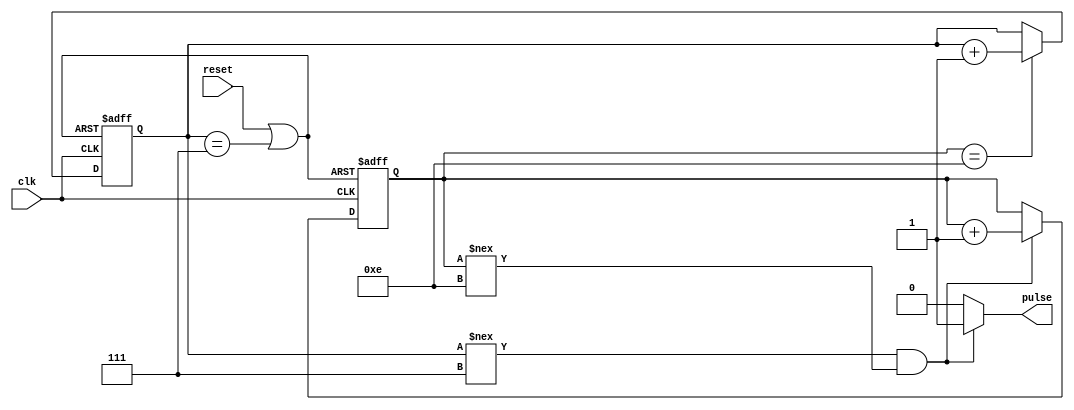
`timescale 1us/1us

module lm_555_timer#(
                        parameter Resistor1=1,      // Value of Resistor one
                        parameter Resistor2=1 ,     // Value of resistor two
						parameter capacitor=10      // Value of Capacitor

                        )(
                            input  clk, reset,
                            output reg pulse
                        ); 
		 			
    localparam integer onduration= ((Resistor1+Resistor2) * capacitor* 0.693); 
	localparam integer offduration= ( Resistor2 * capacitor*0.693); 

	parameter on_bits  = $clog2(onduration);
	parameter off_bits = $clog2(offduration);
	reg [on_bits:0] count_on = 0;
	reg [off_bits:0] count_off = 0;

	wire count_on_rst;
	wire count_off_rst;
	wire count_on_en;
	wire count_off_en;
	 
	assign  count_on_en= (((count_off !== offduration)&(count_on !== onduration)) );
	assign  count_off_en= ((count_on == onduration));
	assign  count_on_rst = reset | (count_off == offduration);
	assign  count_off_rst = reset | (count_off == offduration);

        always @ (count_on_en, count_off_en ) begin
			pulse <= 1'b0;
                if (count_on_en) begin
                        pulse <= 1'b1;
                end else begin
						if (count_off_en)
                        pulse <= 1'b0;
                end
        end

        always @ (posedge clk, posedge count_on_rst) begin
                if(count_on_rst) begin
                        count_on <= 0;
                end else begin
                        if(count_on_en) begin
                                count_on <= count_on + 1'b1;
                        end
                end
        end
		  
        always @ (posedge clk, posedge count_off_rst) begin
                if(count_off_rst) begin
                        count_off <= 0;
                end else begin
                        if(count_off_en) begin
                                count_off <= count_off + 1'b1;
                        end
                end
        end

endmodule